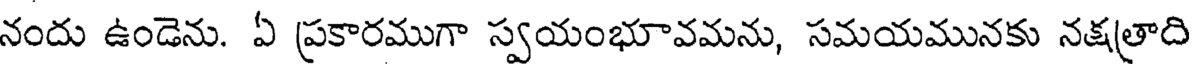
నందు ఉండెను. ఏ ప్రకారముగా స్వయంభూవమను, సమయమునకు నక్షత్రాది